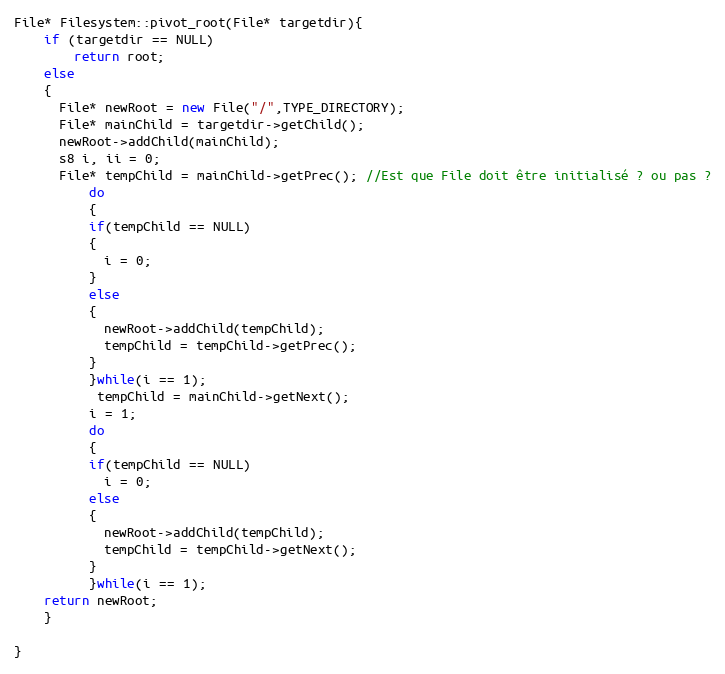
Language: C++
File* Filesystem::pivot_root(File* targetdir){
	if (targetdir == NULL)
		return root;
	else
	{
	  File* newRoot = new File("/",TYPE_DIRECTORY);
	  File* mainChild = targetdir->getChild();
	  newRoot->addChild(mainChild);
	  s8 i, ii = 0;
	  File* tempChild = mainChild->getPrec(); //Est que File doit être initialisé ? ou pas ?
	      do
	      {
		  if(tempChild == NULL)
		  {
		    i = 0;
		  }
		  else
		  {
		    newRoot->addChild(tempChild);
		    tempChild = tempChild->getPrec();
		  }
	      }while(i == 1);
	       tempChild = mainChild->getNext();
	      i = 1;
	      do
	      {
		  if(tempChild == NULL)
		    i = 0;
		  else
		  {
		    newRoot->addChild(tempChild);
		    tempChild = tempChild->getNext();
		  }
	      }while(i == 1);
	return newRoot;
	}

}